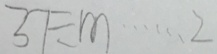
3 7 \div m \cdots 2